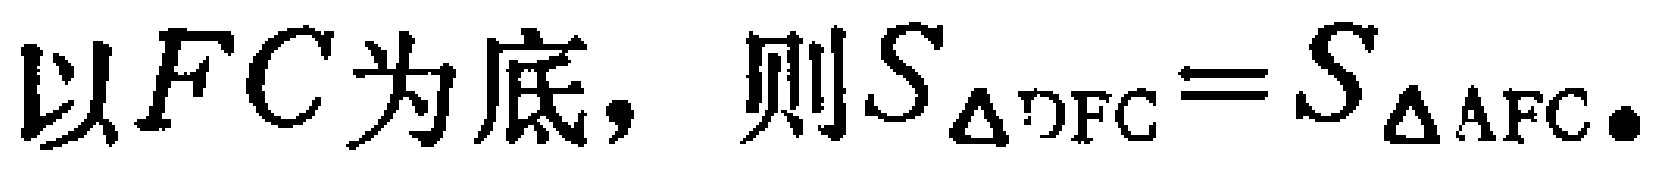
以\(FC\)为底，则\(S_{\triangle DFC}=S_{\triangle AFC}\)。